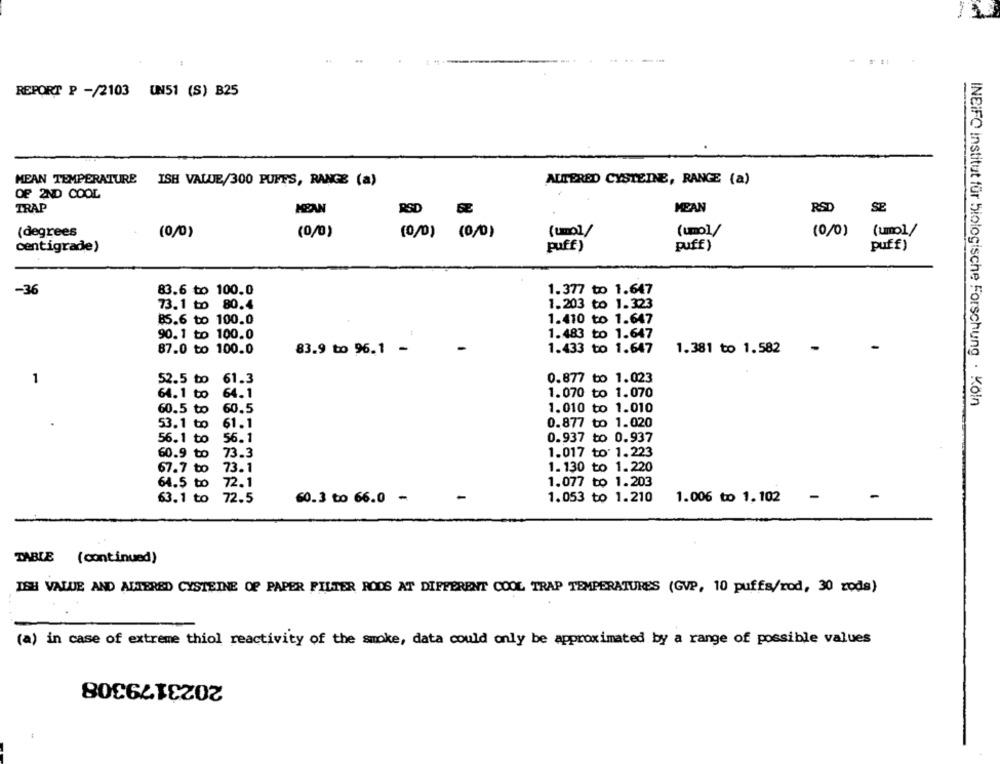
1' 11
REPORT P -/2103 UN51 (S) B25
MEAN TEMPERATURE
ISH VALUE/300 PUFFS, RANGE (a)
ALTERED CYSTEINE, RANGE (a)
OF 2ND COOL
RSD
TRAP
PSD
MEAN
SE
(degrees
(0/0)
(0/0)
(0/0) (0/0)
(mo)
(umo]/
(0/0)
(umo)/
centigrade)
puff)
puff)
puff)
83.6 to 100.0
1.377 to 1.647
-36
73.1 to 80.4
1.203 to 1.323
85.6 to 100.0
1.410 to 1.647
90.1 to 100.0
1.483 to 1.647
87.0 to 100.0
83.9 to 96.1 -
-
1.433 to 1.647
1.381 to 1.582
-
1
52.5 to 61.3
0.877 to 1.023
64.1 to
64.1
1.070 to 1.070
INEIFO institut für biologische Forschung . Köln
60.5 to
60.5
1.010 to 1.010
53.1 to
61.1
0.877 to 1.020
56.1 to
56.1
0.937 to 0.937
60.9 to 73.3
1.017 to: 1.223
67.7 to
73.1
1.130 to 1.220
64.5 to 72.1
1.077 to 1.203
-
-
-
63.1 to 72.5
60.3 to 66.0 -
1.053 to 1.210
1.006 to 1,102
TABLE (continued)
ISH VALUE AND ALTERED CYSTEINE OF PAPER FILTER RODS AT DIFFERENT COOL TRAP TEMPERATURES (GVP, 10 puffs/rod, 30 zods)
(a) in case of extreme thiol reactivity of the smoke, data could only be approximated by a range of possible values
2023179308